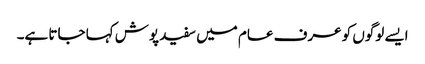
ایسے لوگوں کو عرف عام میں سفید پوش کہا جاتا ہے۔